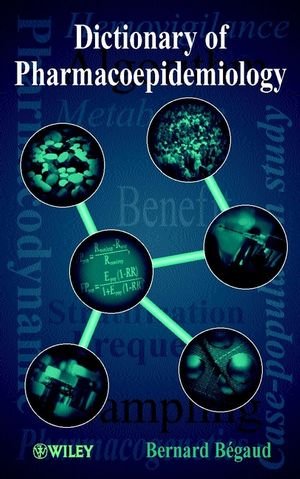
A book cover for Dictionary of Pharmacoepidemiology; Bernard BÃ©gaud; Medical Books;